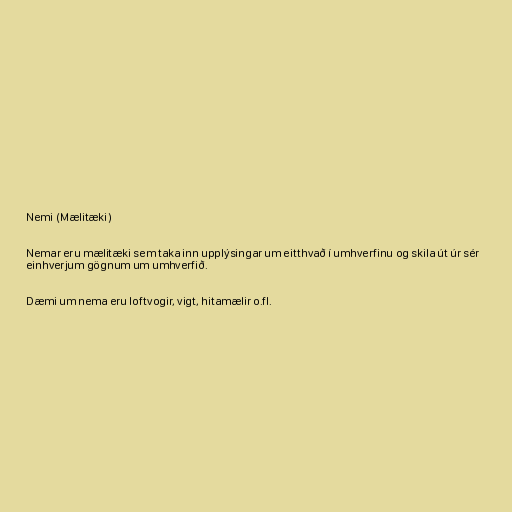
Nemi (Mælitæki)

Nemar eru mælitæki sem taka inn upplýsingar um eitthvað í umhverfinu og skila út úr sér
einhverjum gögnum um umhverfið.

Dæmi um nema eru loftvogir, vigt, hitamælir o.fl.